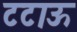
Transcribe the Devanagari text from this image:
टटाऊ